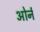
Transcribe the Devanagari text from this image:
ओर्न